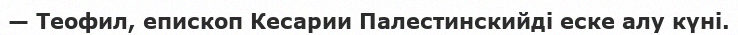
— Теофил, епископ Кесарии Палестинскийді еске алу күні.